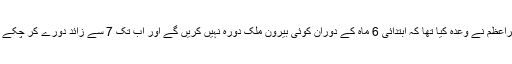
وزیراعظم نے وعدہ کیا تھا کہ ابتدائی 6 ماہ کے دوران کوئی بیرون ملک دورہ نہیں کریں گے اور اب تک 7 سے زائد دورے کر چکے ہیں۔